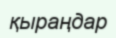
қыраңдар